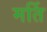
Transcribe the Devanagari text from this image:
मर्ति